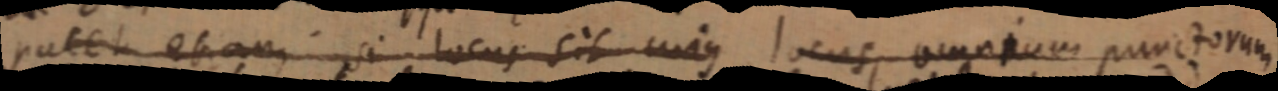
patet etiam si locus sit cujus locus omnium punctorum